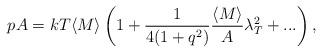
LaTeX: \begin{align*}pA=kT\langle M\rangle\left(1+\frac{1}{4(1+q^2)}\frac{\langle M\rangle}{A}\lambda_T^2+...\right),\end{align*}